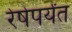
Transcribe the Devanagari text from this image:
रेषेपर्यंत